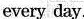
every day.